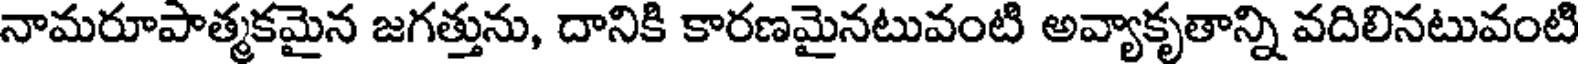
నామరూపాత్మకమైన జగత్తును, దానికి కారణమైనటువంటి అవ్యాకృతాన్ని వదిలినటువంటి